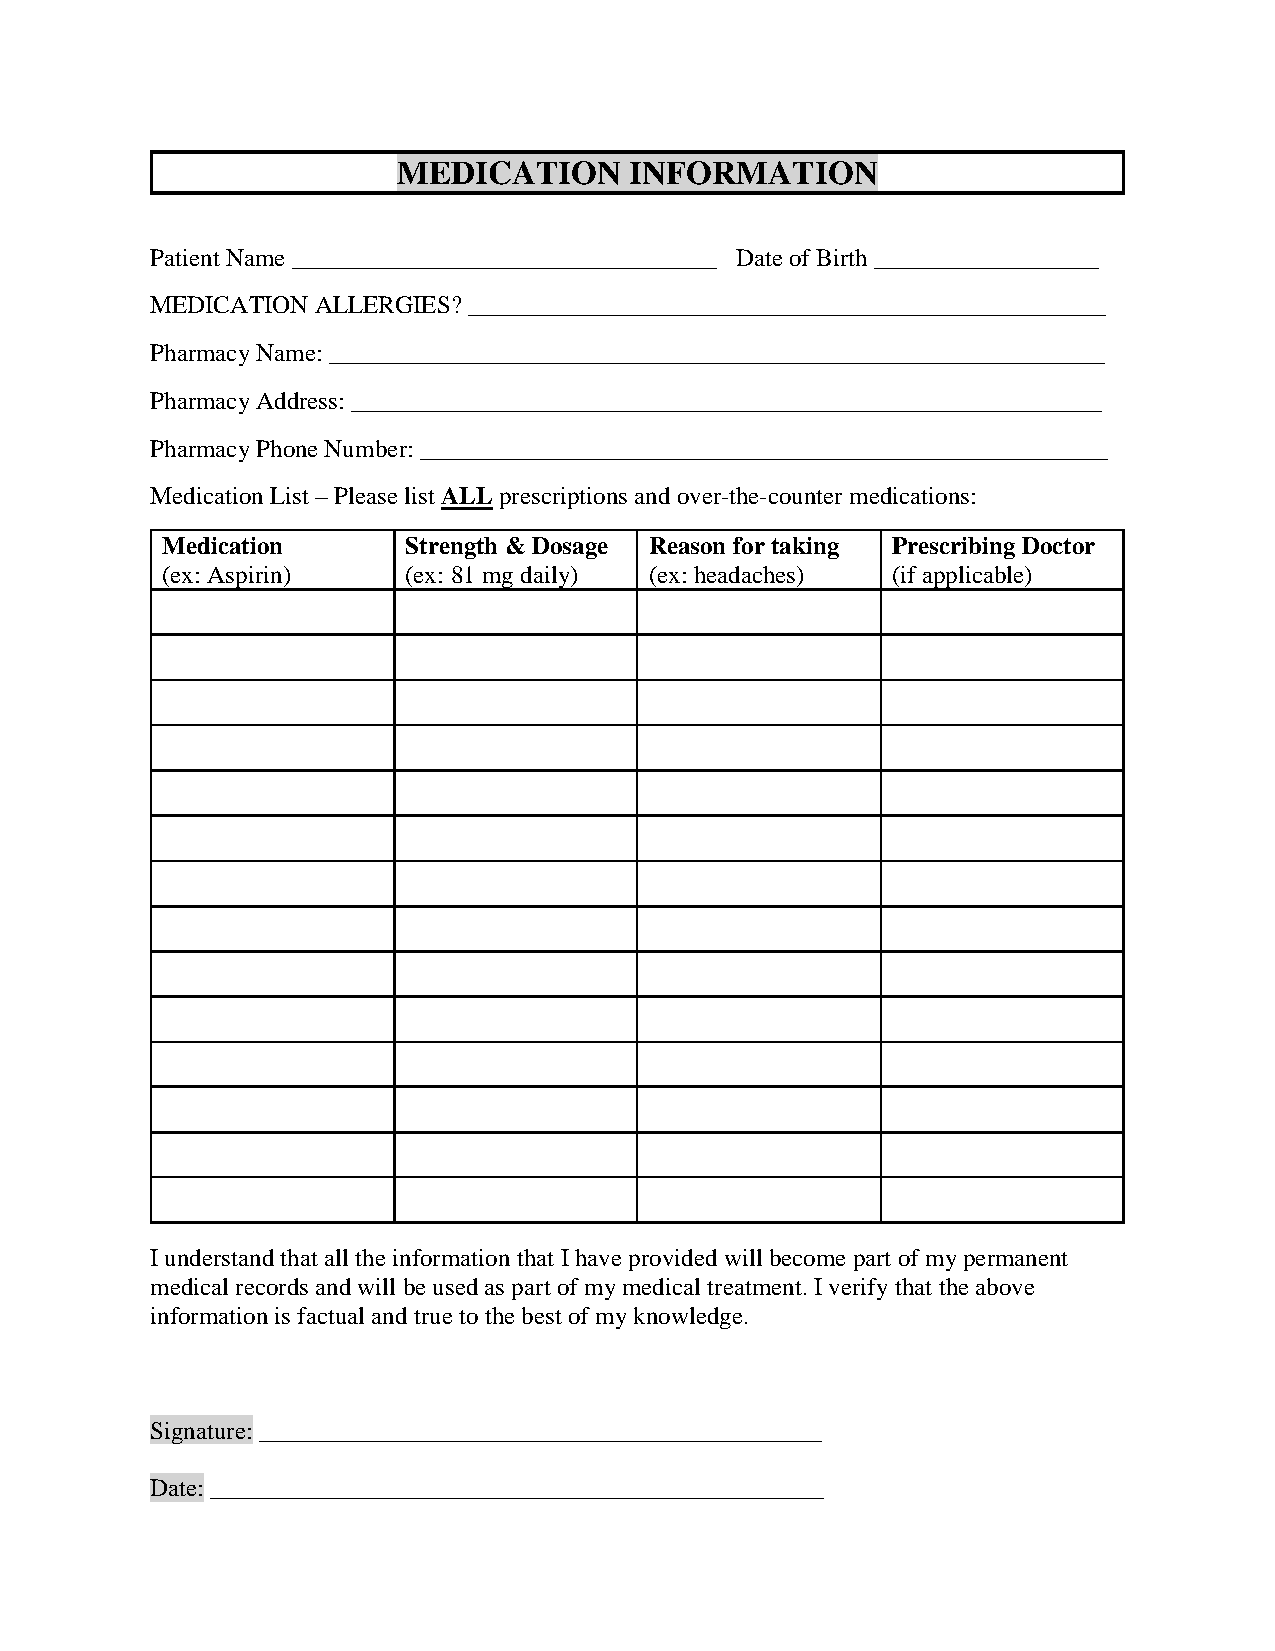
MEDICATION      INFORMATION
 Patient Name __________________________________ Date of Birth __________________
 MEDICATION ALLERGIES? ___________________________________________________
 Pharmacy Name: ______________________________________________________________
 Pharmacy Address: ____________________________________________________________
 Pharmacy Phone Number: _______________________________________________________
 Medication List – Please list ALL prescriptions and over-the-counter medications:
 Medication      Strength & Dosage Reason for taking Prescribing Doctor
 (ex: Aspirin)   (ex: 81 mg daily) (ex: headaches) (if applicable)
 I understand that all the information that I have provided will become part of my permanent
 medical records and will be used as part of my medical treatment. I verify that the above
 information is factual and true to the best of my knowledge.
 Signature: _____________________________________________
 Date: _________________________________________________